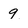
Character: 9